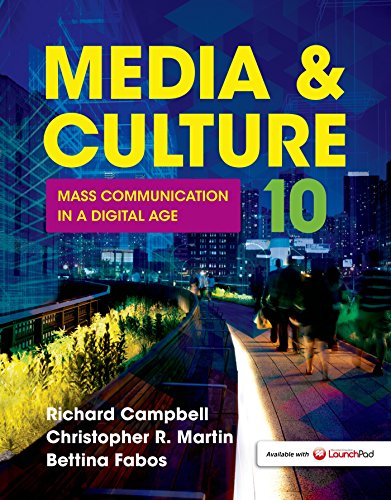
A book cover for Media & Culture: Mass Communication in a Digital Age; Richard Campbell; Politics & Social Sciences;